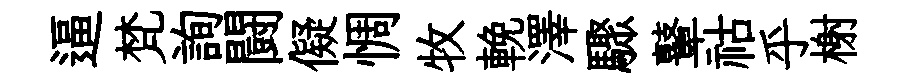
逼梵詢闘儗惆牧輓澤驟鼙祜乎榭